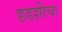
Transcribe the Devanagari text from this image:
हडशीचा